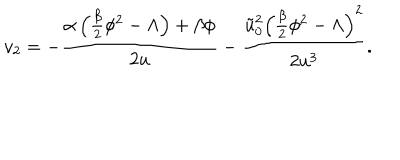
LaTeX: v _ { 2 } = - \frac { \alpha \left( \frac { \beta } { 2 } \phi ^ { 2 } - \Lambda \right) + \beta \phi } { 2 u } - \frac { \tilde { u } _ { 0 } ^ { 2 } \left( \frac { \beta } { 2 } \phi ^ { 2 } - \Lambda \right) ^ { 2 } } { 2 u ^ { 3 } } .